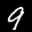
Label: 9